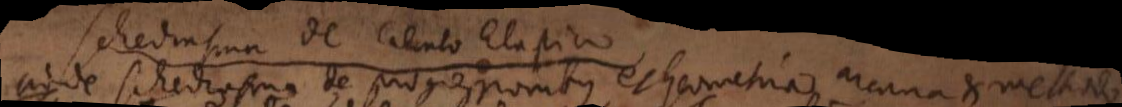
Adde schediasma de progressionibus et Geometria arcana et methodo